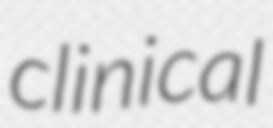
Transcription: clinical